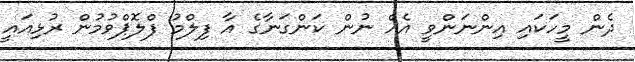
ދެން މީހަކައި އިންނަންވީ އެއް ނުން ކަންގަނާގެ އާ ފިލްމު ފްލޮޕްވުމުން ރުޅިއައީ